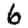
Digit: 6